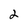
Character: 2